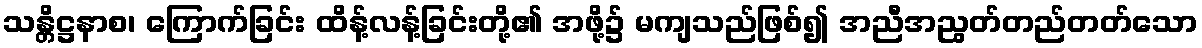
သန္တိဋ္ဌနာစ၊ ကြောက်ခြင်း ထိန့်လန့်ခြင်းတို့၏ အဖို့၌ မကျသည်ဖြစ်၍ အညီအညွတ်တည်တတ်သော